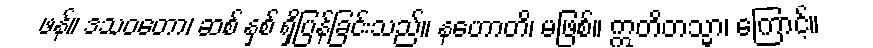
ဖန်။ ဒသဝတော၊ ဆစ် နှစ် ရှိပြန်ခြင်းသည်။ နဟောတိ၊ မဖြစ်။ ဣတိတသ္မာ၊ ကြောင့်။